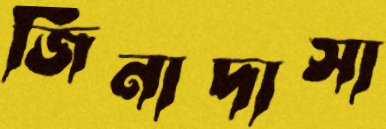
জিনাদাসা